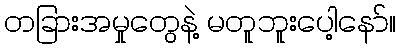
တခြားအမှုတွေနဲ့ မတူဘူးပေါ့နော်။